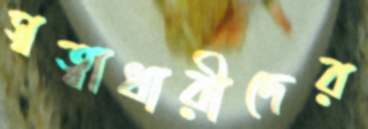
স্বত্বাধারীদের